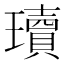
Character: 瓄